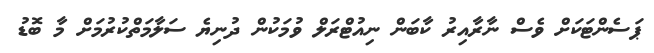
ޕަސެންޓަކަށް ވެސް ނާރާއިރު ކާބަން ނިއުޓްރަލް ވުމަކުން ދުނިޔެ ސަލާމަތްކުރުމަށް މާ ބޮޑު